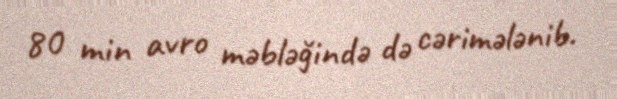
80 min avro məbləğində də cərimələnib.